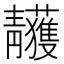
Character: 𩇥